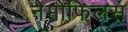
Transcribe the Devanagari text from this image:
नेमोफिलस